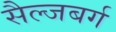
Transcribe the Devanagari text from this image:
सैल्जबर्ग